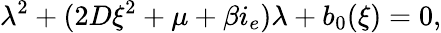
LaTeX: \lambda^{2}+(2D\xi^{2}+\mu+\beta i_{e})\lambda+b_{0}(\xi)=0,